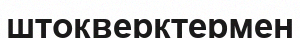
штокверктермен